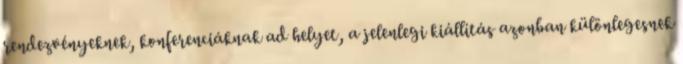
rendezvényeknek, konferenciáknak ad helyet, a jelenlegi kiállítás azonban különlegesnek